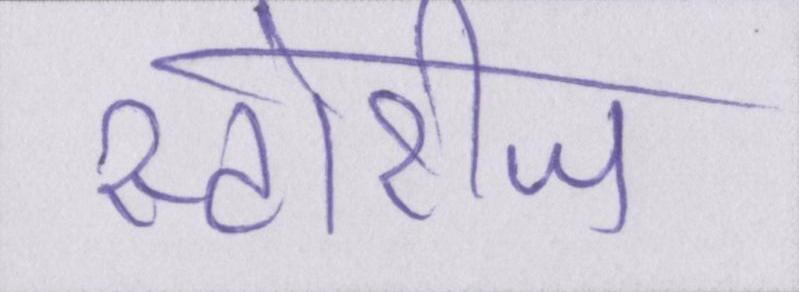
स्टोरीज